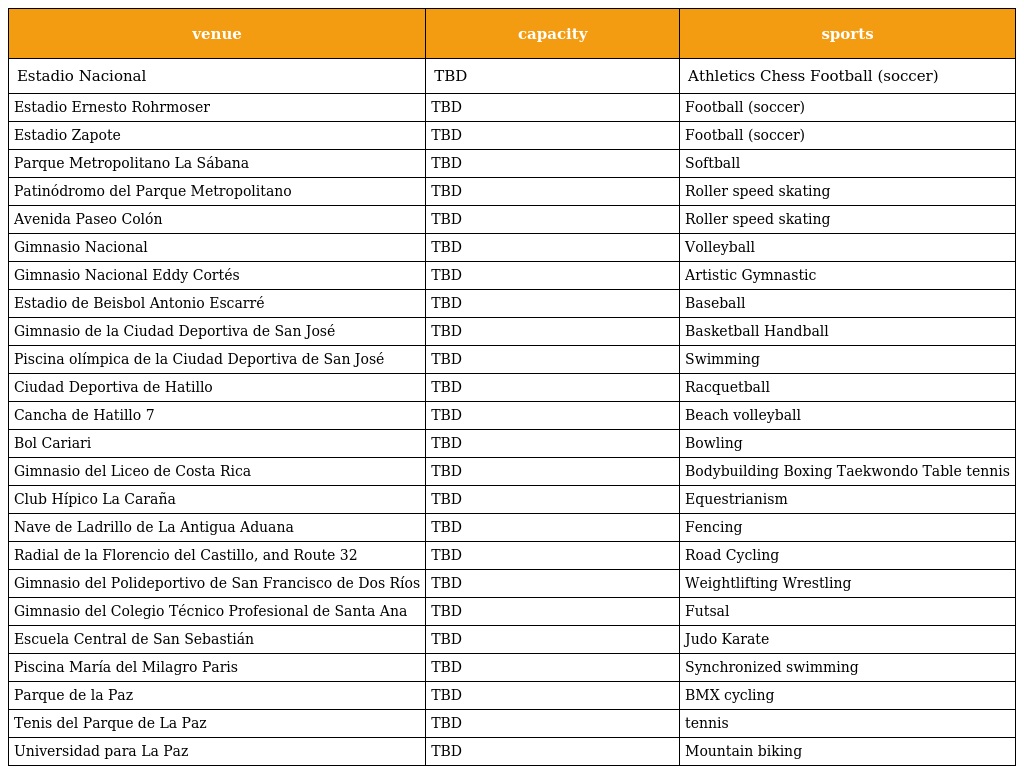
| venue | capacity | sports |
 | --- | --- | --- |
 | Estadio Nacional | TBD | Athletics Chess Football (soccer) |
 | Estadio Ernesto Rohrmoser | TBD | Football (soccer) |
 | Estadio Zapote | TBD | Football (soccer) |
 | Parque Metropolitano La Sábana | TBD | Softball |
 | Patinódromo del Parque Metropolitano | TBD | Roller speed skating |
 | Avenida Paseo Colón | TBD | Roller speed skating |
 | Gimnasio Nacional | TBD | Volleyball |
 | Gimnasio Nacional Eddy Cortés | TBD | Artistic Gymnastic |
 | Estadio de Beisbol Antonio Escarré | TBD | Baseball |
 | Gimnasio de la Ciudad Deportiva de San José | TBD | Basketball Handball |
 | Piscina olímpica de la Ciudad Deportiva de San José | TBD | Swimming |
 | Ciudad Deportiva de Hatillo | TBD | Racquetball |
 | Cancha de Hatillo 7 | TBD | Beach volleyball |
 | Bol Cariari | TBD | Bowling |
 | Gimnasio del Liceo de Costa Rica | TBD | Bodybuilding Boxing Taekwondo Table tennis |
 | Club Hípico La Caraña | TBD | Equestrianism |
 | Nave de Ladrillo de La Antigua Aduana | TBD | Fencing |
 | Radial de la Florencio del Castillo, and Route 32 | TBD | Road Cycling |
 | Gimnasio del Polideportivo de San Francisco de Dos Ríos | TBD | Weightlifting Wrestling |
 | Gimnasio del Colegio Técnico Profesional de Santa Ana | TBD | Futsal |
 | Escuela Central de San Sebastián | TBD | Judo Karate |
 | Piscina María del Milagro Paris | TBD | Synchronized swimming |
 | Parque de la Paz | TBD | BMX cycling |
 | Tenis del Parque de La Paz | TBD | tennis |
 | Universidad para La Paz | TBD | Mountain biking |